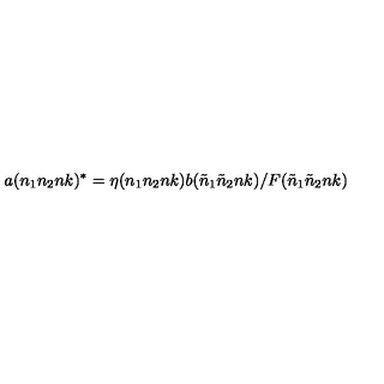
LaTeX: a ( n _ { 1 } n _ { 2 } n k ) ^ { * } = \eta ( n _ { 1 } n _ { 2 } n k ) b ( { \tilde { n } } _ { 1 } { \tilde { n } } _ { 2 } n k ) / F ( { \tilde { n } } _ { 1 } { \tilde { n } } _ { 2 } n k )